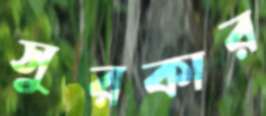
সুরকার